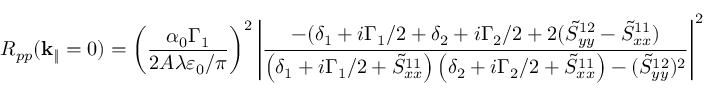
R _ { p p } ( \mathbf { k } _ { \| } = 0 ) = \left( \frac { \alpha _ { 0 } \Gamma _ { 1 } } { 2 A \lambda \varepsilon _ { 0 } / \pi } \right) ^ { 2 } \left| \frac { - ( \delta _ { 1 } + i \Gamma _ { 1 } / 2 + \delta _ { 2 } + i \Gamma _ { 2 } / 2 + 2 ( \tilde { S } _ { y y } ^ { 1 2 } - \tilde { S } _ { x x } ^ { 1 1 } ) } { \left( \delta _ { 1 } + i \Gamma _ { 1 } / 2 + \tilde { S } _ { x x } ^ { 1 1 } \right) \left( \delta _ { 2 } + i \Gamma _ { 2 } / 2 + \tilde { S } _ { x x } ^ { 1 1 } \right) - ( \tilde { S } _ { y y } ^ { 1 2 } ) ^ { 2 } } \right| ^ { 2 }